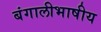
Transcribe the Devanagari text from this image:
बंगालीभाषीय